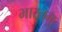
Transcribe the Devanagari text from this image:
भारतमु